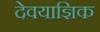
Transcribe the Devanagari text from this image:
देवयाज्ञिक